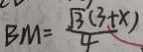
B M = \frac { \sqrt { 3 } ( 3 + x ) } { 4 }